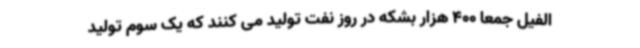
الفیل جمعا 400 هزار بشکه در روز نفت تولید می کنند که یک سوم تولید